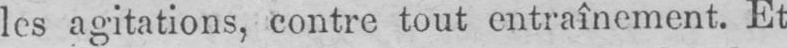
les agitations, contre tout entraînement. Et